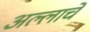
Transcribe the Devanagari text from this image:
अल्लाचे